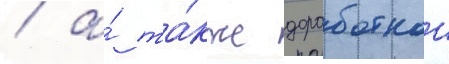
/ а́ та́кже доработкои